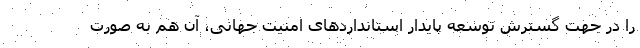
را در جهت گسترش توسعه پایدار استانداردهای امنیت جهانی، آن هم به صورت